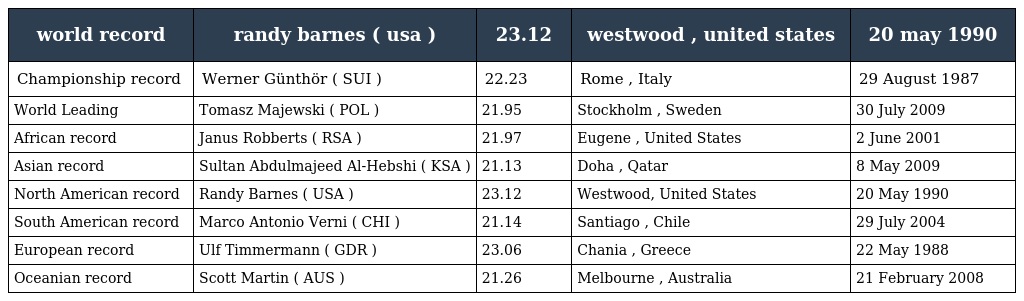
| world record | randy barnes ( usa ) | 23.12 | westwood , united states | 20 may 1990 |
 | --- | --- | --- | --- | --- |
 | Championship record | Werner Günthör ( SUI ) | 22.23 | Rome , Italy | 29 August 1987 |
 | World Leading | Tomasz Majewski ( POL ) | 21.95 | Stockholm , Sweden | 30 July 2009 |
 | African record | Janus Robberts ( RSA ) | 21.97 | Eugene , United States | 2 June 2001 |
 | Asian record | Sultan Abdulmajeed Al-Hebshi ( KSA ) | 21.13 | Doha , Qatar | 8 May 2009 |
 | North American record | Randy Barnes ( USA ) | 23.12 | Westwood, United States | 20 May 1990 |
 | South American record | Marco Antonio Verni ( CHI ) | 21.14 | Santiago , Chile | 29 July 2004 |
 | European record | Ulf Timmermann ( GDR ) | 23.06 | Chania , Greece | 22 May 1988 |
 | Oceanian record | Scott Martin ( AUS ) | 21.26 | Melbourne , Australia | 21 February 2008 |